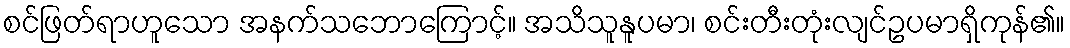
စင်ဖြတ်ရာဟူသော အနက်သဘောကြောင့်။ အသိသူနူပမာ၊ စင်းတီးတုံးလျင်ဥပမာရှိကုန်၏။